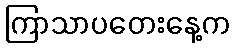
ကြာသာပတေးနေ့က